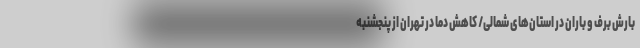
بارش برف و باران در استان‌های شمالی/ کاهش دما در تهران از پنجشنبه